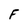
Character: F